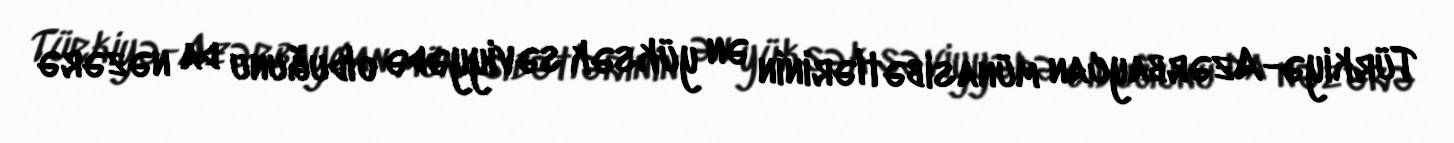
Türkiyə-Azərbaycan münasibətlərinin ən yüksək səviyyədə olduğunu da nəzərə